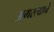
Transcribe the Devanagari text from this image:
अगस्त्याचे